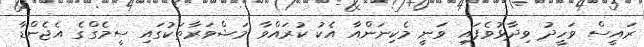
ރައީސް ވަހީދު ވިދާޅުވެފައި ވަނީ މެކިނަންއާ އެކު ކުރައްވާ މަޝްވަރާތަކުގައި ސީމެގްގެ އެޖެންޑާ